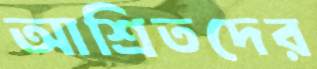
আশ্রিতদের